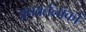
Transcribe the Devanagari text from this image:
अपवर्तनांकों